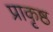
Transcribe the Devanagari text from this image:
प्राकृष्ठ